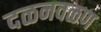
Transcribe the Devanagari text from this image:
दळनवळण